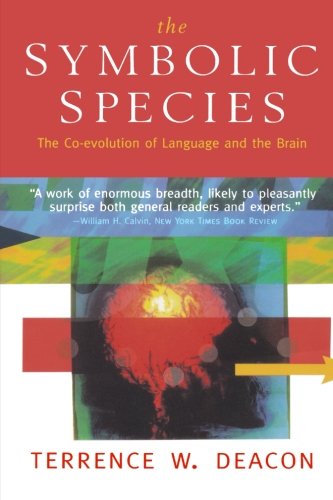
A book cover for The Symbolic Species: The Co-evolution of Language and the Brain; Terrence W. Deacon; Politics & Social Sciences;